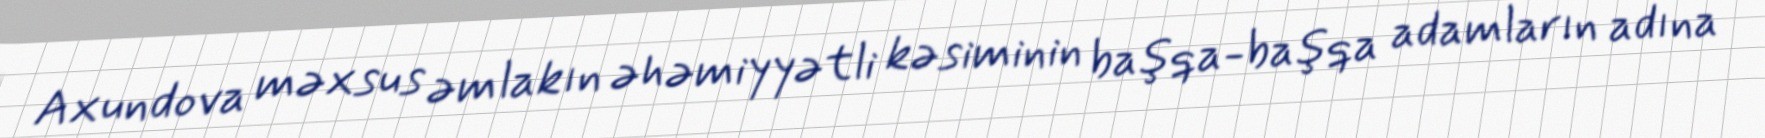
Axundova məxsus əmlakın əhəmiyyətli kəsiminin başqa-başqa adamların adına